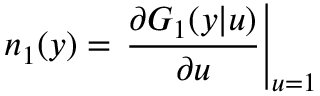
n _ { 1 } ( y ) = \left. \frac { \partial G _ { 1 } ( y | u ) } { \partial u } \right| _ { u = 1 }